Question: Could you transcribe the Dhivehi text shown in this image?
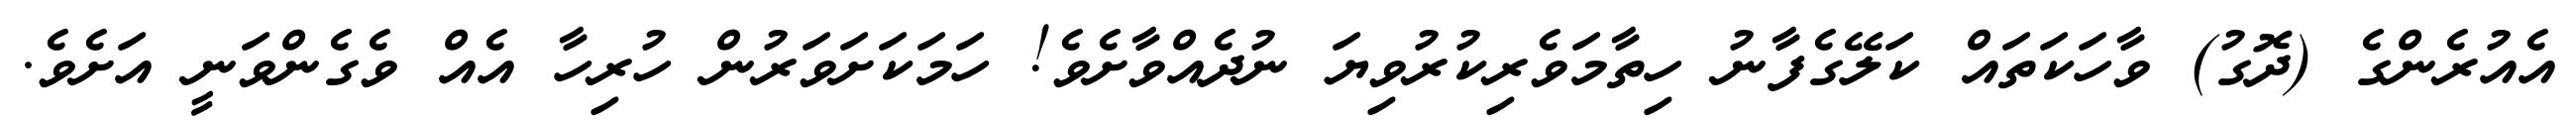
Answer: އެއުރެންގެ (ދޮގު) ވާހަކަތައް ކަލޭގެފާނު ހިތާމަވެރިކުރުވިޔަ ނުދެއްވާށެވެ! ހަމަކަށަވަރުން ހުރިހާ އެއް ވެގެންވަނީ އަށެވެ.